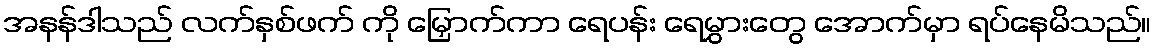
အနန်ဒါသည် လက်နှစ်ဖက် ကို မြှောက်ကာ ရေပန်း ရေမွှားတွေ အောက်မှာ ရပ်နေမိသည်။